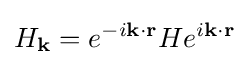
H_{\mathbf {k} }=e^{-i\mathbf {k} \cdot \mathbf {r} }He^{i\mathbf {k} \cdot \mathbf {r} }